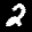
Label: 2